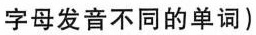
字母发音不同的单词)